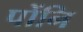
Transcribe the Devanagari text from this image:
पोंनि